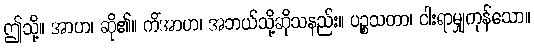
ဤသို့။ အာဟ၊ ဆို၏။ ကိံအာဟ၊ အဘယ်သို့ဆိုသနည်း။ ပဉ္စသတာ၊ ငါးရာမျှကုန်သော။